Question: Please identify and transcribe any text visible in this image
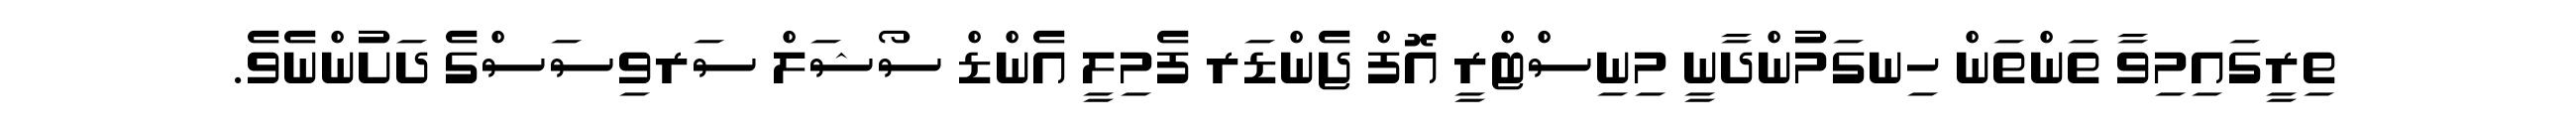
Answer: ތިރީގައިމިވާ ތަންތަން ހިނގަމުންދާނީ މިނިސްޓްރީ އޮފް ޖެންޑަރ ފެމިލީ އެންޑް ސޯޝަލް ސަރވިސަސްގެ ދަށުންނެވެ.